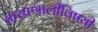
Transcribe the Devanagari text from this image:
करप्रणालीविषयी